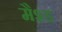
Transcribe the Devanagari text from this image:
मैश्ड